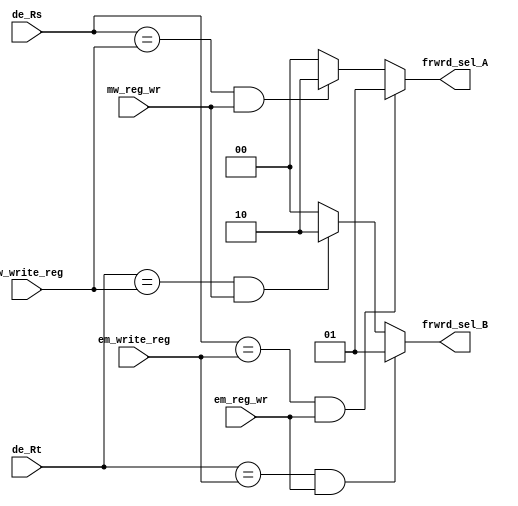
module forwarding_unit(de_Rs, de_Rt, em_write_reg, mw_write_reg, em_reg_wr, mw_reg_wr,
  frwrd_sel_A, frwrd_sel_B);
  
  input em_reg_wr, mw_reg_wr; // forward the ALU out if we are writing to a reg
  input [2:0] de_Rs, de_Rt; // potential inputs to the ALU
  input [2:0] em_write_reg, mw_write_reg; // destination registers for comparison
  output [1:0] frwrd_sel_A, frwrd_sel_B; // these selects will control muxes in the ex stage

  assign frwrd_sel_A = (de_Rs == em_write_reg & em_reg_wr) ? 2'b01 : // e/m to d/e forwarding
                       (de_Rs == mw_write_reg & mw_reg_wr) ? 2'b10 : // m/w to d/e forwarding
                       2'b00; // no forwarding

  assign frwrd_sel_B = (de_Rt == em_write_reg & em_reg_wr) ? 2'b01 : // e/m to d/e forwarding
                       (de_Rt == mw_write_reg & mw_reg_wr) ? 2'b10 : // m/w to d/e forwarding
                       2'b00; // no forwarding         

endmodule